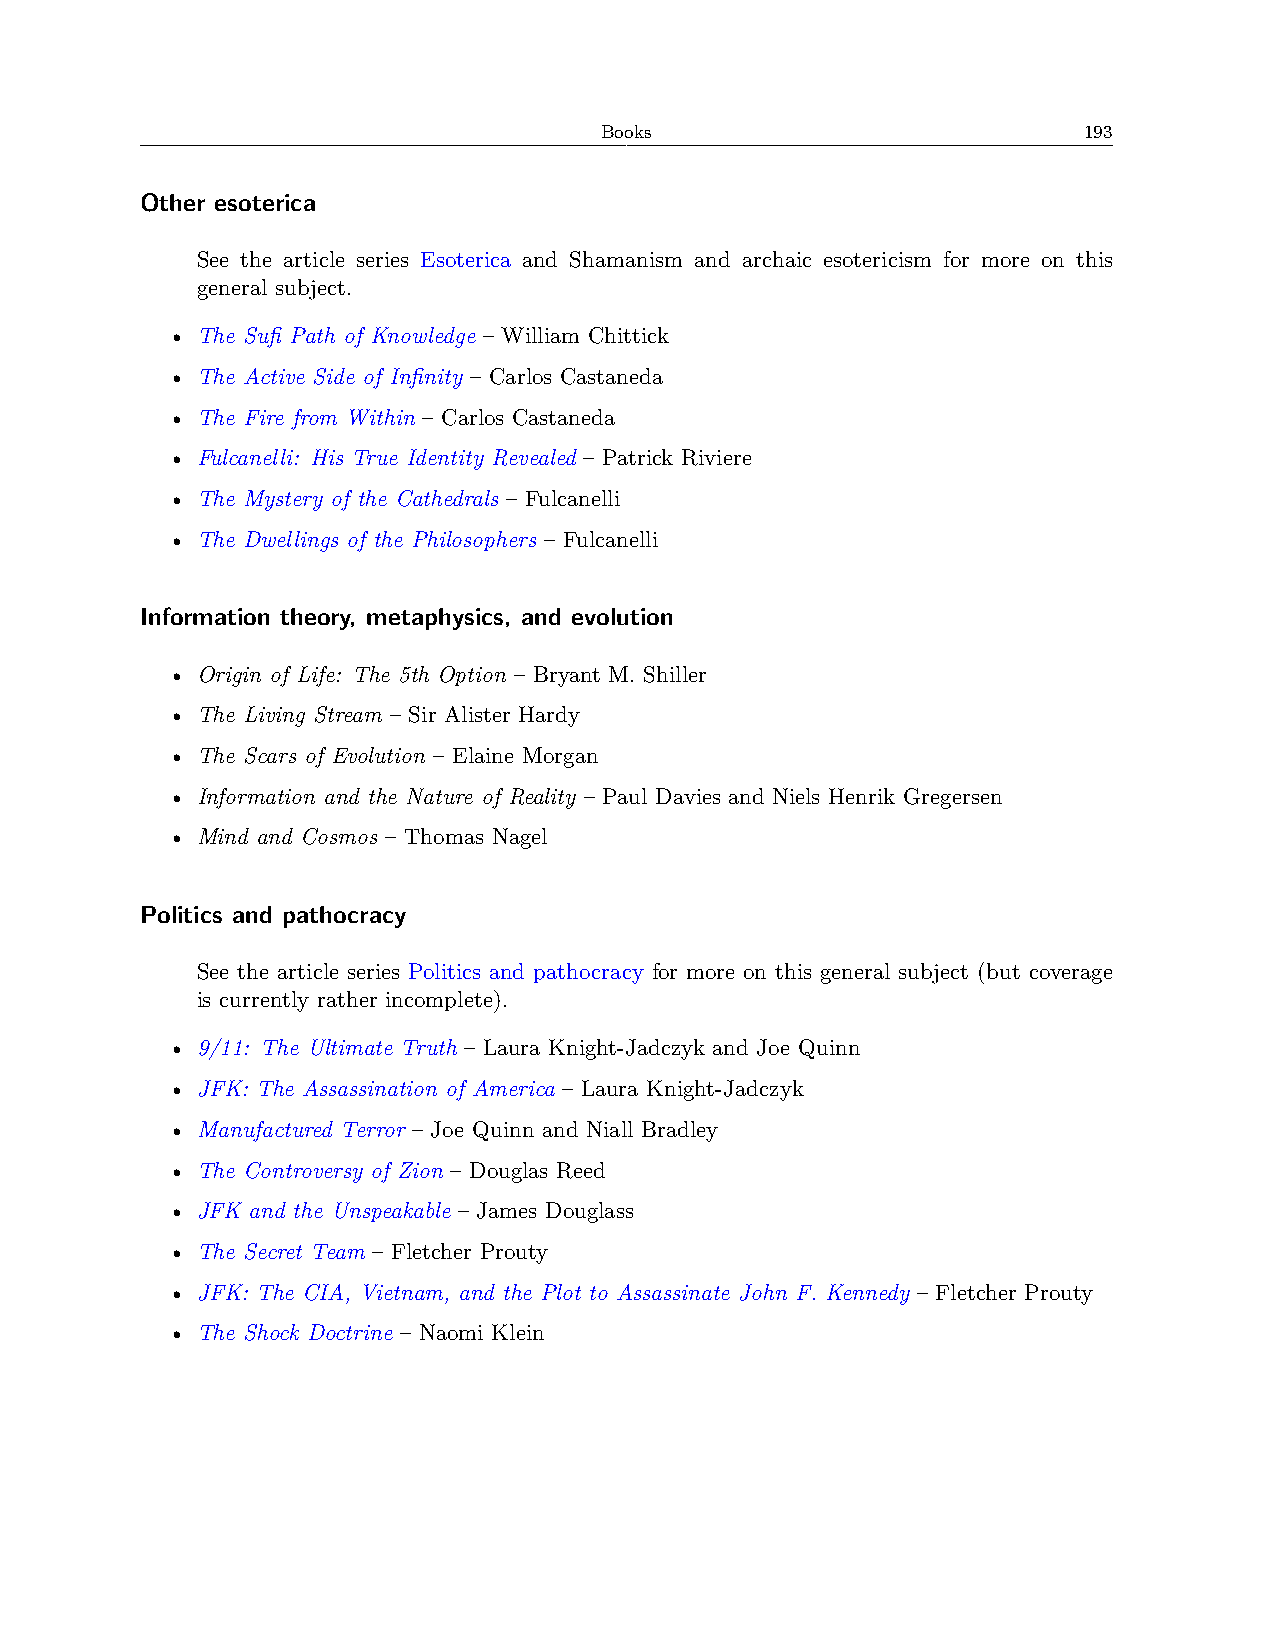
Books                           193
 Other esoterica
 See the article series Esoterica and Shamanism and archaic esotericism for more on this
 general subject.
 • The Sufi Path of Knowledge – William Chittick
 • The Active Side of Infinity – Carlos Castaneda
 • The Fire from Within – Carlos Castaneda
 • Fulcanelli: His True Identity Revealed – Patrick Riviere
 • The Mystery of the Cathedrals – Fulcanelli
 • The Dwellings of the Philosophers – Fulcanelli
 Information theory, metaphysics, and evolution
 • Origin of Life: The 5th Option – Bryant M. Shiller
 • The Living Stream – Sir Alister Hardy
 • The Scars of Evolution – Elaine Morgan
 • Information and the Nature of Reality – Paul Davies and Niels Henrik Gregersen
 • Mind and Cosmos – Thomas Nagel
 Politics and pathocracy
 See the article series Politics and pathocracy for more on this general subject (but coverage
 is currently rather incomplete).
 • 9/11: The Ultimate Truth – Laura Knight-Jadczyk and Joe Quinn
 • JFK: The Assassination of America – Laura Knight-Jadczyk
 • Manufactured Terror – Joe Quinn and Niall Bradley
 • The Controversy of Zion – Douglas Reed
 • JFK and the Unspeakable – James Douglass
 • The Secret Team – Fletcher Prouty
 • JFK: The CIA, Vietnam, and the Plot to Assassinate John F. Kennedy – Fletcher Prouty
 • The Shock Doctrine – Naomi Klein